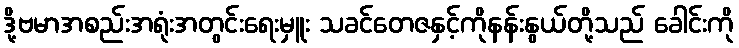
ဒို့ဗမာအစည်းအရုံးအတွင်းရေးမှူး သခင်တေဇနှင့်ကိုနန်းနွယ်တို့သည် ခေါင်းကို